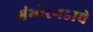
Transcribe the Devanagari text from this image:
गंभीरगडाचे